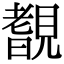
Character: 𧡺